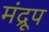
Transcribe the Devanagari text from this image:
मंद्रूप